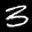
Label: 3